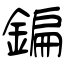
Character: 鍽